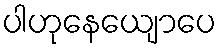
ပါဟုနေယျောပေ